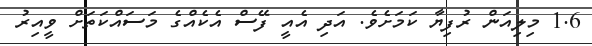
1.6 މިލިއަން ރުފިޔާ ކަމަށެވެ. އަދި އެއީ ފޭސް އެކެއްގެ މަސައްކަތަށް ވީއިރު